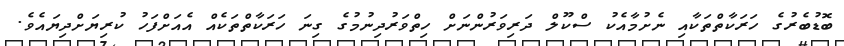
ބޮޑުބެރުގެ ހަރަކާތްތަކާއި ނެށުމާއެކު ސްކޫލް ދަރިވަރުންނަށް ހިތްވަރުދިނުމުގެ ގިނަ ހަރަކާތްތަކެއް އެއަށްފަހު ކުރިޔަށްދިޔައެވެ.